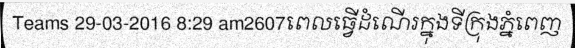
Teams 29-03-2016 8:29 am2607ពេលធ្វើដំណើរក្នុងទីក្រុងភ្នំពេញ